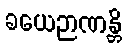
ခယေဉာဏန္တိ